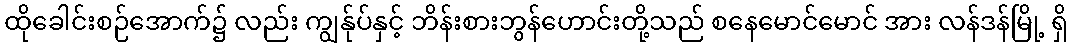
ထိုခေါင်းစဉ်အောက်၌ လည်း ကျွန်ုပ်နှင့် ဘိန်းစားဘွန်ဟောင်းတို့သည် စနေမောင်မောင် အား လန်ဒန်မြို့ ရှိ